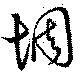
惆